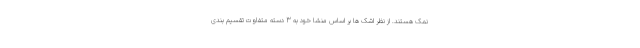
نمک هستند. از نظر اشک ها بر اساس منشا خود به 3 دسته متفاوت تقسیم بندی